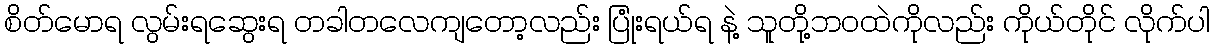
စိတ်မောရ လွမ်းရဆွေးရ တခါတလေကျတော့လည်း ပြုံးရယ်ရ နဲ့ သူတို့ဘဝထဲကိုလည်း ကိုယ်တိုင် လိုက်ပါ